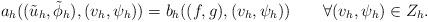
LaTeX: \begin{align*}a_h((\tilde{u}_h,\tilde{\phi}_h),(v_h,\psi_h))=b_{h}((f,g),(v_h,\psi_h))\qquad\forall (v_h,\psi_h)\in Z_h.\end{align*}